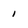
Character: 1